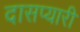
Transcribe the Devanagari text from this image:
दासप्यारी